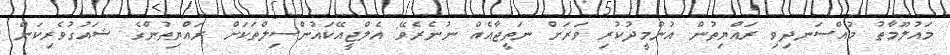
މައުލޫމާތު މުއްސަނދިވި ރައްޔިތުން އުންމީދުކުރި ވަރަށް ނަތީޖާއެއް ނުނެރެވޭ: އެލްޖީއޭކައުންސިލްތަކަށް ރައްޔިތުންގެ ޝައުގުވެރިކަން